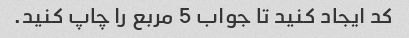
کد ایجاد کنید تا جواب 5 مربع را چاپ کنید.